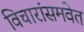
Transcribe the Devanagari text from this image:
विचारांसमवेत